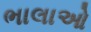
ભાલાઓ